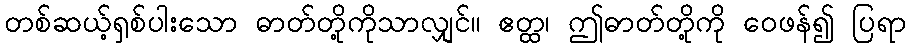
တစ်ဆယ့်ရှစ်ပါးသော ဓာတ်တို့ကိုသာလျှင်။ ဧတ္ထ၊ ဤဓာတ်တို့ကို ဝေဖန်၍ ပြရာ